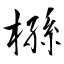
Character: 槂